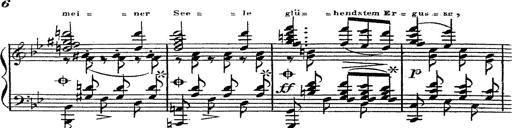
Title: 12 Lieder von Franz Schubert
Composer: Franz Liszt